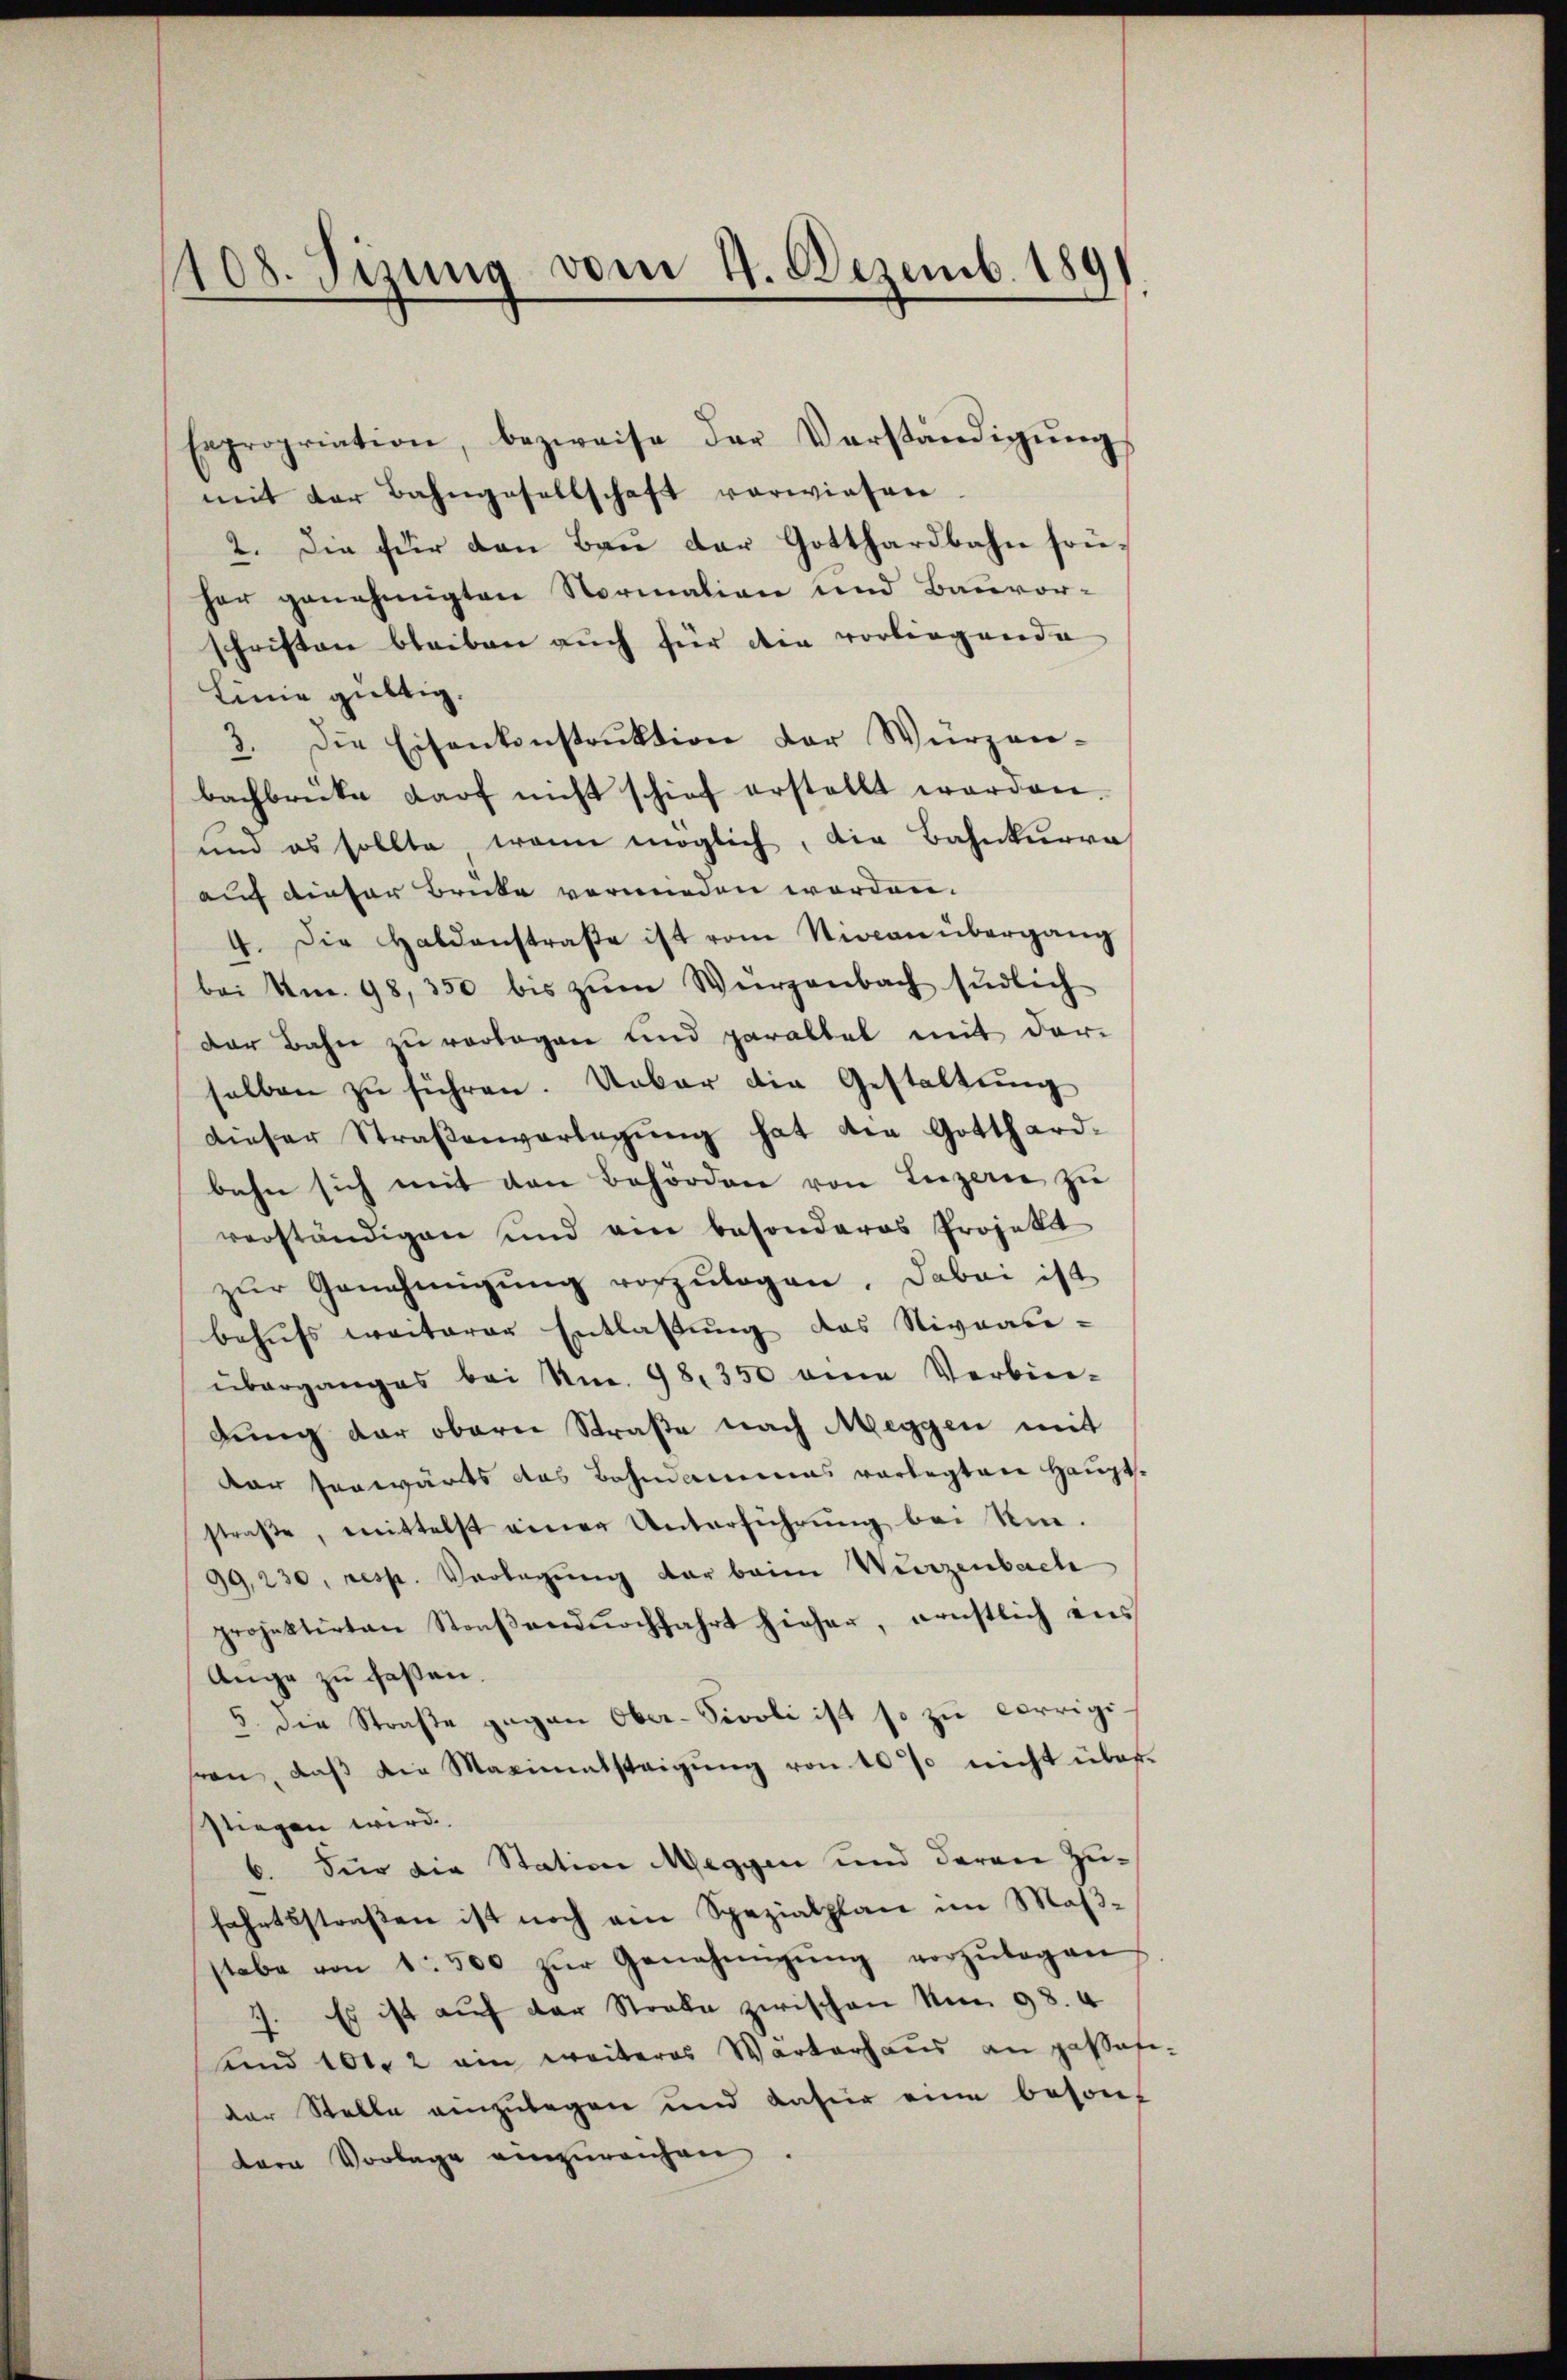
1108. Sizung vom 4. Dezemb. 1891

Expropriation, bezweife der Verständigŭng
mit der Bahngesellschaft vorwiesen
2. Die für den Bau der Gotthardbahn sonher genehmigten Normation und Bauvor-
schriften bleiben auch für die vorliegende
Linie gültig.
8. Die Eisenkonstrŭktion der Würzen-
bachbrücke darf nicht schief erstellt werden.
und es sollte wann möglich, die Bahnkurre
auf dieser Brüke vermieden worden.
4. Die Haldenstraβe ist vom Niocan übergang
bei Nm. 98, 350 bis zŭm Würzenbach südlich
Der Bahn zŭ verlegen und parallel mit dar-
selben zu führen. Urbar die Gestaltung
dieser Straβenvorlegŭng hat die Gotthard-
bahn sich mit den Behörden von Liezere zŭ
verständigen und ein besonderes Projekt
zŭr Genehmigŭng vorzŭlagen. Dabei ist
behufs weiterer Entlaßung des Niveau-
überganges bei Nr. 98. 350 eine Verbin-
dung der obern Straße nach Meggen mit
dar vorwärts das Bahndammens vorlegten Hauptstraße, mittelst einer Unterführung bei Kin-
99,230, resp. Verlegung der beim Wurzenbach
projektirten Straβendurchfahrt hieher, ernstlich ans
Auge zu faßen.
3 die Straße gegen Ober-Sivoli ist so zu corrigisen, daβ die Maximatsteigung von 10 % nicht über-
stiegen wird.
6. Für die Station Megyen und deren Zu-
fahrtsstraßen ist noch ein Spezialplan im Maßstabe von 1500 zŭr Genehmigŭng vorzŭlegen
7. Es ist auf der Strale zwischen Mn. 98. 4
sund 101. 2 ein weiteres Warterhaus an passatider Stelle einzulegen und dafür eine besontern Vorlage einzureichen